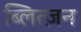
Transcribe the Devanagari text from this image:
ब्लित्ज़न